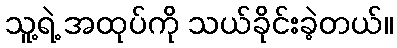
သူ့ရဲ့ အထုပ်ကို သယ်ခိုင်းခဲ့တယ်။